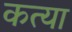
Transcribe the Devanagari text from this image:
कत्या